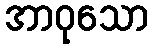
အာဝုသော